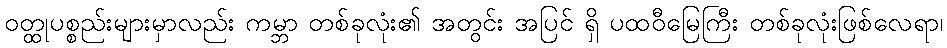
ဝတ္ထုပစ္စည်းများမှာလည်း ကမ္ဘာ တစ်ခုလုံး၏ အတွင်း အပြင် ရှိ ပထဝီမြေကြီး တစ်ခုလုံးဖြစ်လေရာ၊